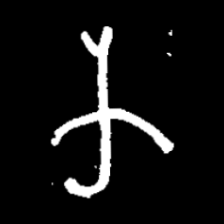
Pyu character \u2014 Myanmar letter: က (romanized: ka)